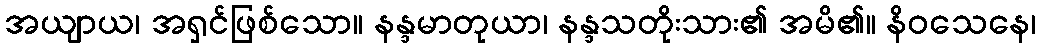
အယျာယ၊ အရှင်ဖြစ်သော။ နန္ဒမာတုယာ၊ နန္ဒသတိုးသား၏ အမိ၏။ နိဝသေနေ၊